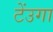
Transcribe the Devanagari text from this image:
टेंउगा